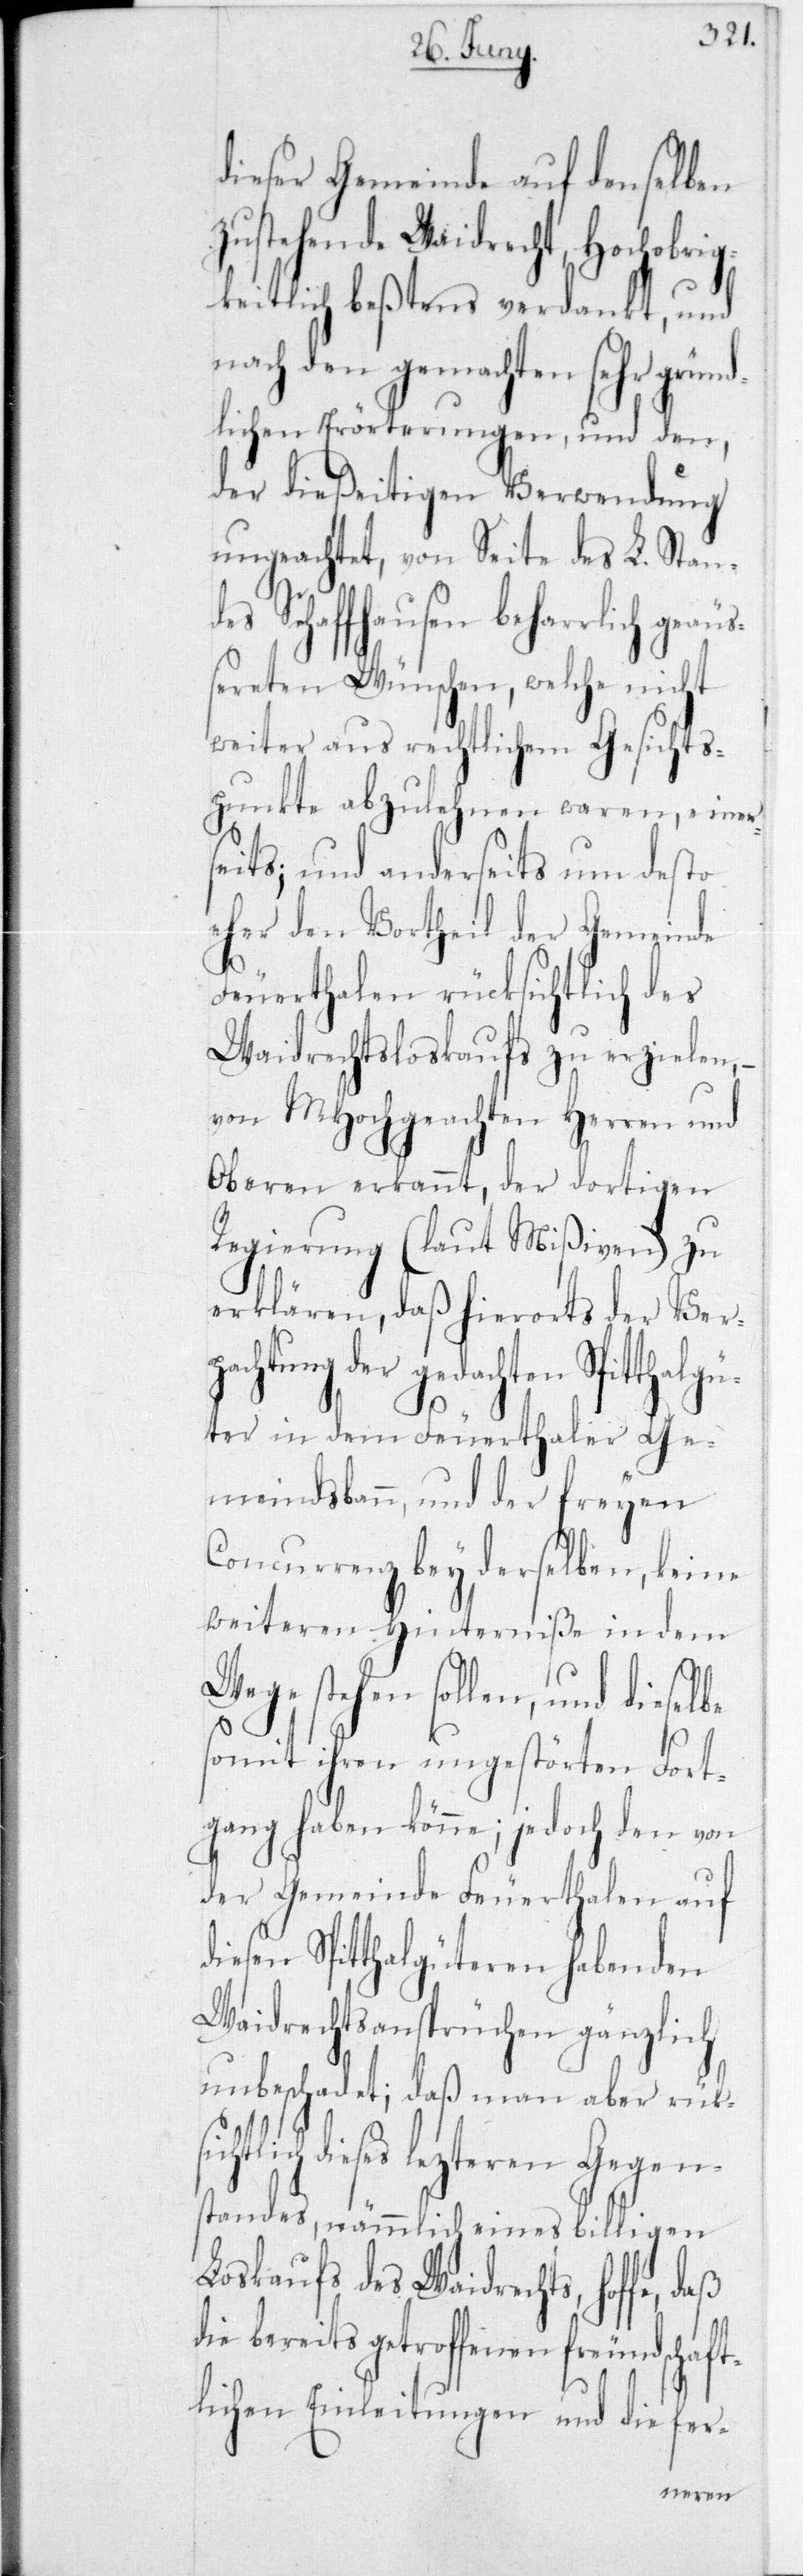
dieser Gemeinde auf dens¬
zustehende Weidrecht, Hochobrig¬
keitlich beßtens verdankt, und
nach den gemachten sehr gründ¬
lichen Erörterungen, und den,
der dießeitigen Verwendung
ungeachtet, von Seite des L. Standes
Schaffhausen beharrlich geä¬
ußereten Wünschen, welche nicht
weiter aus rechtlichen Gesichts¬
punkte abzulehnen waren einer¬
seits; und anderseits um desto
eher den Vortheil der Gemeinde
Feuerthalen rücksichtlich des
Waidrechtsloskaufs zu erzielen,
von MHochgeachten Herren und
Oberen erkannt, der dortigen
Regierung (laut Mißiven) zu
erklären, daß hierorts der Ver¬
gedachten Spitthalgü¬
ter in dem Feuerthaler Ge¬
meindsbann, und der freyen
Concurrenz bey derselben, keine
weiteren Hinterniße in dem
stehen sollen, und dieselbe
somit ihren ungestörten Fort¬
gang haben könne; jedoch den von
der Gemeinde Feuerthalen auf
diesen Spitthalgüteren habenden
Waidrechtsansprüchen gänzlich
unbeschadet; daß man aber rücksi¬
chtlich dieses lezteren Gegen¬
standes, nämmlich eines billigen
Loskaufs des Waidrechts, hoffe,
die bereits getroffenen freundschaft¬
lichen Einleitungen und die fer-
elben